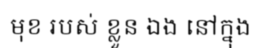
មុខ របស់ ខ្លួន ឯង នៅក្នុង